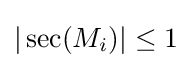
|\sec(M_{i})|\leq 1